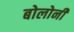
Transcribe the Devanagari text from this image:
बोलोनी